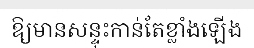
ឱ្យមានសន្ទុះកាន់តែខ្លាំងឡើង